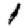
Digit: 1